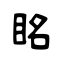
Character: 眳